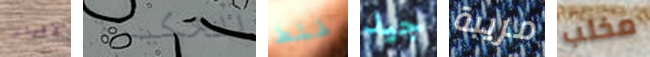
الإقرار الحكيمة غلط جيد مريبة مخلب